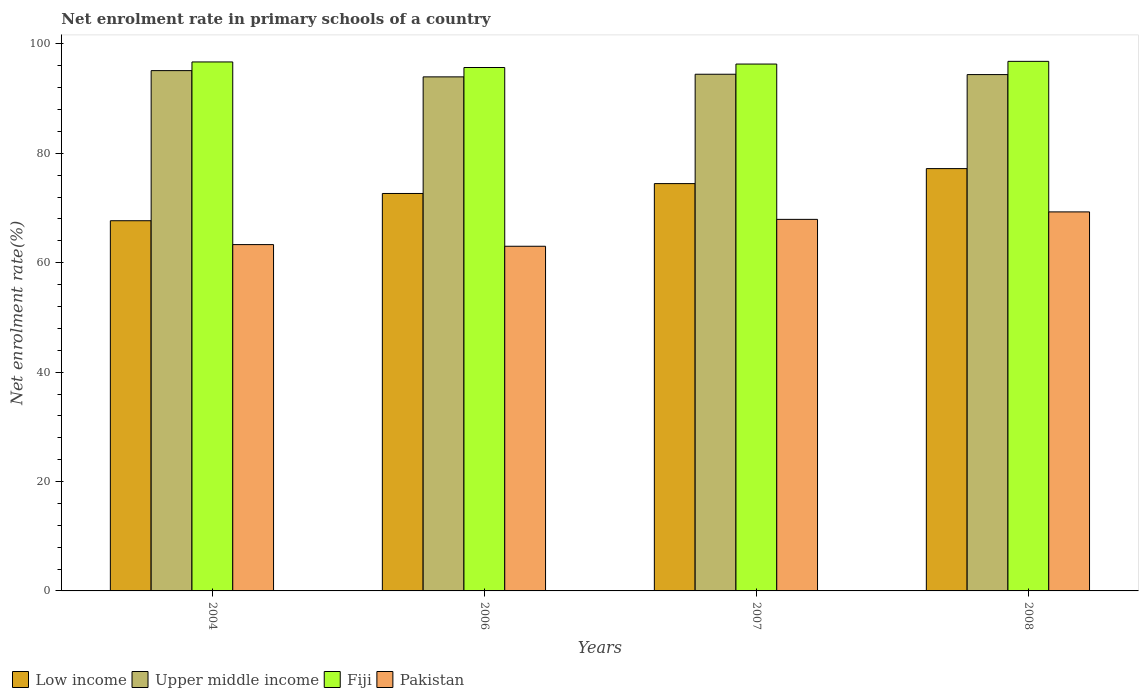
| Years | Low income | Upper middle income | Fiji | Pakistan |
 | --- | --- | --- | --- | --- |
 | 2004 | 67.7 | 95.1 | 96.7 | 63.3 |
 | 2006 | 72.7 | 94 | 95.7 | 63 |
 | 2007 | 74.5 | 94.5 | 96.3 | 67.9 |
 | 2008 | 77.2 | 94.4 | 96.8 | 69.3 |